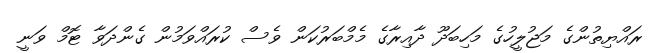
ރައްޔިތުންގެ މަޖުލީހުގެ މަހިބަދޫ ދާއިރާގެ މެމްބަރުކަން ވެސް ކުރައްވަމުން ގެންދަވާ ޓޮމް ވަނީ